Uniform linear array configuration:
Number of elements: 8
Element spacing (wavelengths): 0.5
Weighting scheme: kaiser
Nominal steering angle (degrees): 45
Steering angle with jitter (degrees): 43.774
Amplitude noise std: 0.05
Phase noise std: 0.05

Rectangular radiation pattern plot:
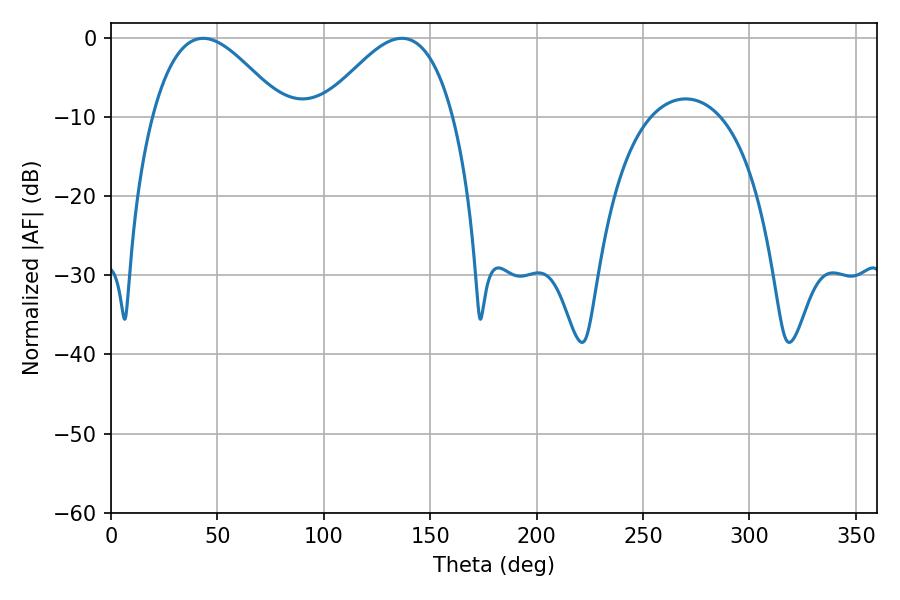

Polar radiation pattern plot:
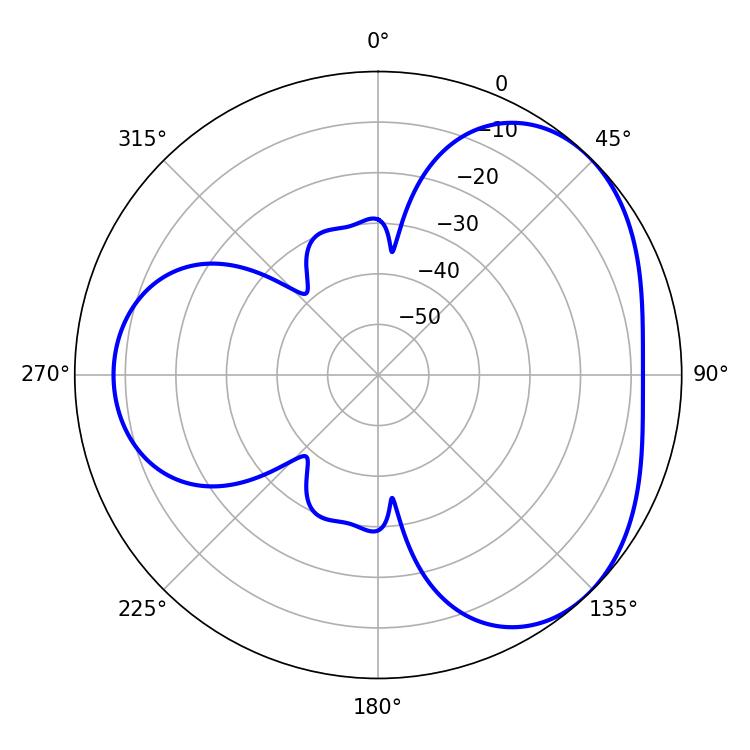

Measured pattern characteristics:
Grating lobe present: FALSE
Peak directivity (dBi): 3.779
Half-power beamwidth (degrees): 33.3
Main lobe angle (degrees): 43.38